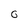
Character: 0